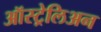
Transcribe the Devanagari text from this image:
ऑस्ट्रेलिअन